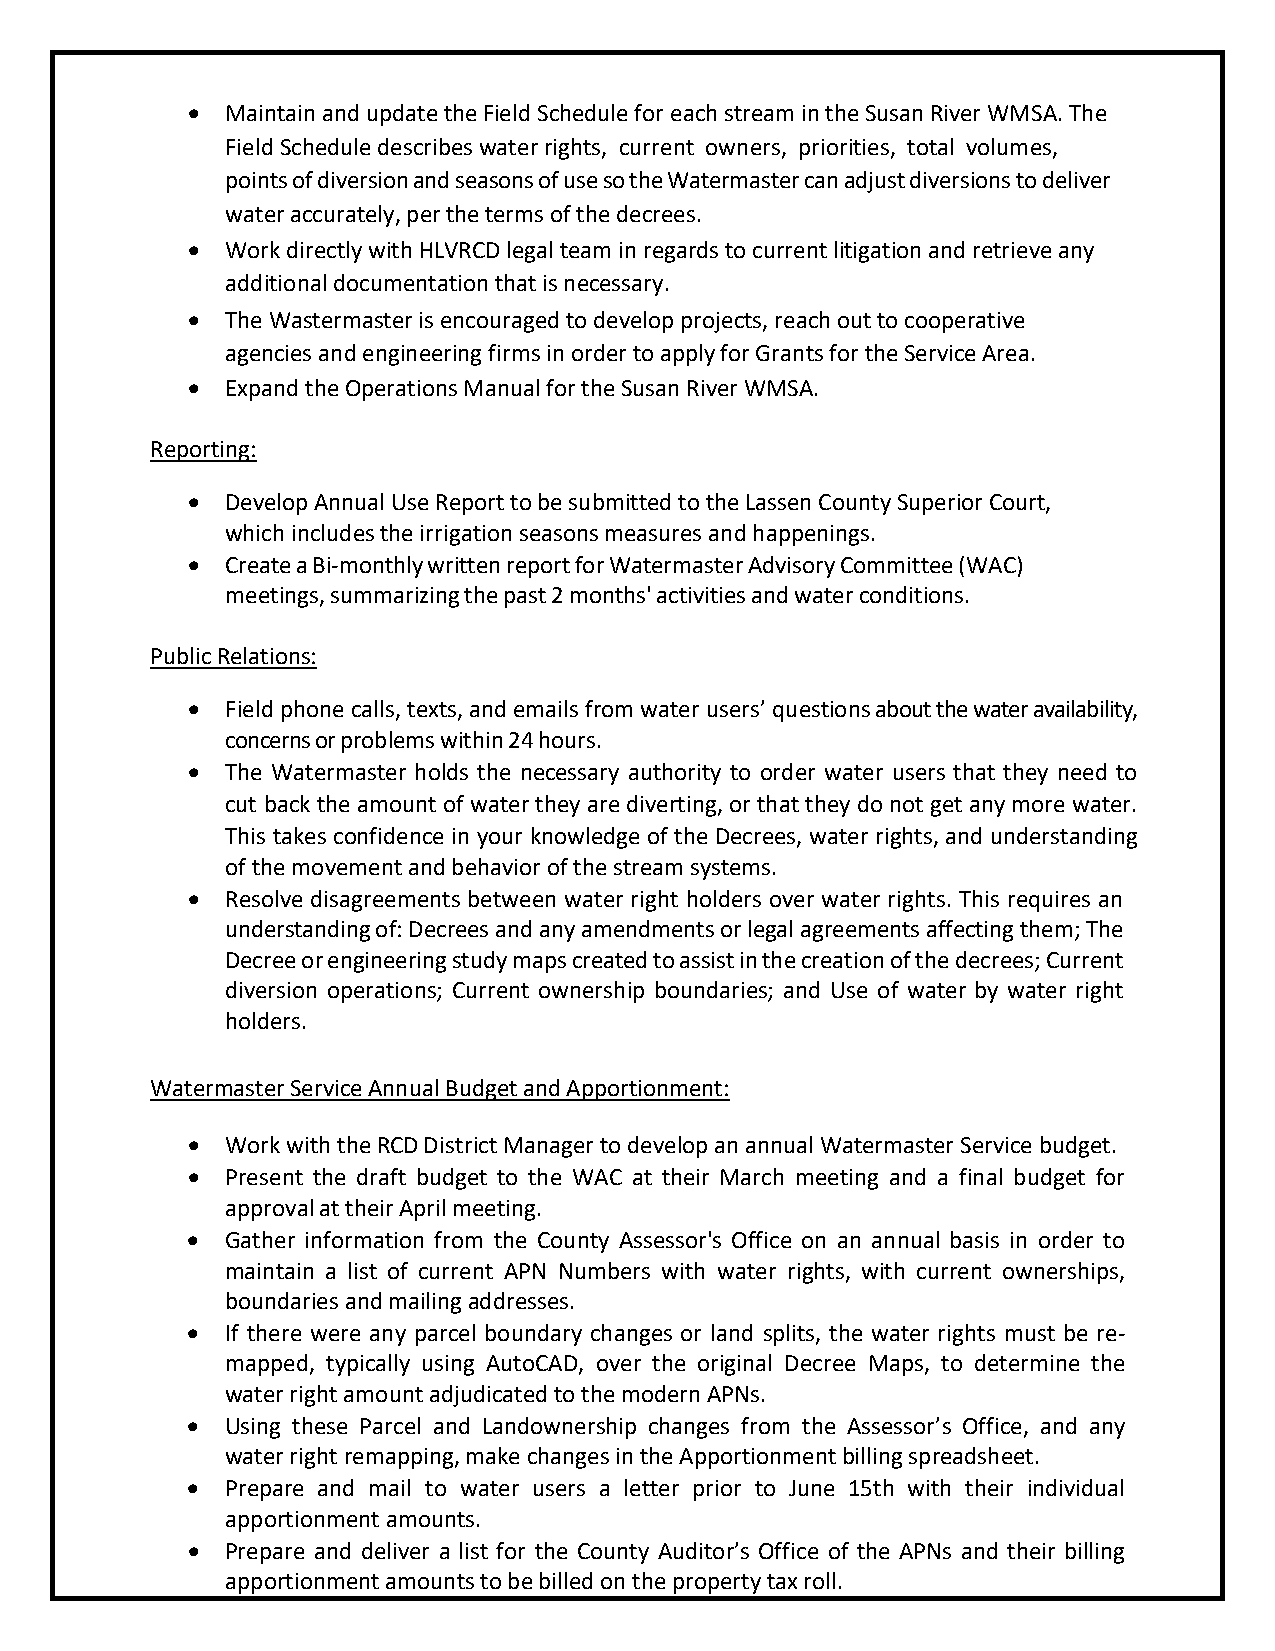
•  Maintain and update the Field Schedule for each stream in the Susan River WMSA. The
 Field Schedule describes water rights, current owners, priorities, total volumes,
 points of diversion and seasons of use so the Watermaster can adjust diversions to deliver
 water accurately, per the terms of the decrees.
 •  Work directly with HLVRCD legal team in regards to current litigation and retrieve any
 additional documentation that is necessary.
 •  The Wastermaster is encouraged to develop projects, reach out to cooperative
 agencies and engineering firms in order to apply for Grants for the Service Area.
 •  Expand the Operations Manual for the Susan River WMSA.
 Reporting:
 •  Develop Annual Use Report to be submitted to the Lassen County Superior Court,
 which includes the irrigation seasons measures and happenings.
 •  Create a Bi-monthly written report for Watermaster Advisory Committee (WAC)
 meetings, summarizing the past 2 months' activities and water conditions.
 Public Relations:
 •  Field phone calls, texts, and emails from water users’ questions about the water availability,
 concerns or problems within 24 hours.
 •  The Watermaster holds the necessary authority to order water users that they need to
 cut back the amount of water they are diverting, or that they do not get any more water.
 This takes confidence in your knowledge of the Decrees, water rights, and understanding
 of the movement and behavior of the stream systems.
 •  Resolve disagreements between water right holders over water rights. This requires an
 understanding of: Decrees and any amendments or legal agreements affecting them; The
 Decree or engineering study maps created to assist in the creation of the decrees; Current
 diversion operations; Current ownership boundaries; and Use of water by water right
 holders.
 Watermaster Service Annual Budget and Apportionment:
 •  Work with the RCD District Manager to develop an annual Watermaster Service budget.
 •  Present the draft budget to the WAC at their March meeting and a final budget for
 approval at their April meeting.
 •  Gather information from the County Assessor's Office on an annual basis in order to
 maintain a list of current APN Numbers with water rights, with current ownerships,
 boundaries and mailing addresses.
 •  If there were any parcel boundary changes or land splits, the water rights must be re-
 mapped, typically using AutoCAD, over the original Decree Maps, to determine the
 water right amount adjudicated to the modern APNs.
 •  Using these Parcel and Landownership changes from the Assessor’s Office, and any
 water right remapping, make changes in the Apportionment billing spreadsheet.
 •  Prepare and mail to water users a letter prior to June 15th with their individual
 apportionment amounts.
 •  Prepare and deliver a list for the County Auditor’s Office of the APNs and their billing
 apportionment amounts to be billed on the property tax roll.